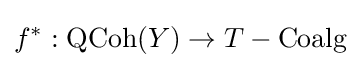
f^{*}:{\textrm {QCoh}}(Y)\to T-{\textrm {Coalg}}